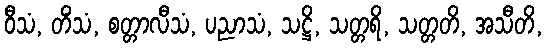
ဝီသံ, တိံသံ, စတ္တာလီသံ, ပညာသံ, သဋ္ဌိ, သတ္တရိ, သတ္တတိ, အသီတိ,